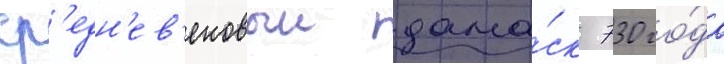
ср'едн'ев'ековыи дама́ск 730 го́да